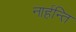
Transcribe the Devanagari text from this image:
नार्हन्ति